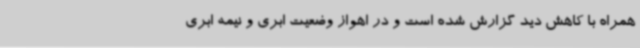
همراه با کاهش دید گزارش شده است و در اهواز وضعیت ابری و نیمه ابری